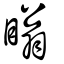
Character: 瞈